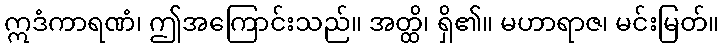
ဣဒံကာရဏံ၊ ဤအကြောင်းသည်။ အတ္ထိ၊ ရှိ၏။ မဟာရာဇ၊ မင်းမြတ်။